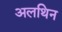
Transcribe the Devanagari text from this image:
अलथिन